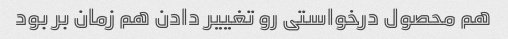
هم محصول درخواستی رو تغییر دادن هم زمان بر بود